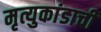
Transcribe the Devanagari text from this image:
मृत्युकांडाची